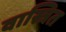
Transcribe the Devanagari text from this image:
वास्त्रित